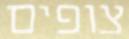
צופים